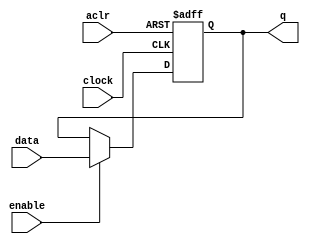
// synopsys translate_off
`timescale 1 ps / 1 ps
// synopsys translate_on
module vregister_32bit (
	aclr,
	clock,
	data,
	enable,
	q);

	input	  aclr;
	input	  clock;
	input	[31:0]  data;
	input	  enable;
	output reg	[31:0]  q;
	
	always @(posedge clock, posedge aclr)
	begin
		if (aclr)
			q <= 31'b0;
		else if (enable)
			q <= data;
	end

endmodule